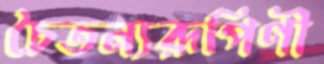
চৈতন্যরূপিণী